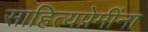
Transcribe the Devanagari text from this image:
साहित्यप्रेमींना